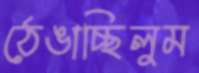
ঠেঙাচ্ছিলুম